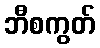
ဘီစကွတ်